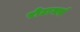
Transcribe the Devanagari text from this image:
रोटामर्स